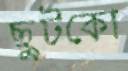
ছুটকো